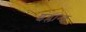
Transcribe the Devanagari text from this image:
इंग्लान्ड